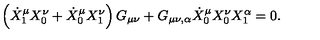
\left( \dot { X } _ { 1 } ^ { \mu } X _ { 0 } ^ { \nu } + \dot { X } _ { 0 } ^ { \mu } X _ { 1 } ^ { \nu } \right) G _ { \mu \nu } + G _ { \mu \nu , \alpha } \dot { X } _ { 0 } ^ { \mu } X _ { 0 } ^ { \nu } X _ { 1 } ^ { \alpha } = 0 .